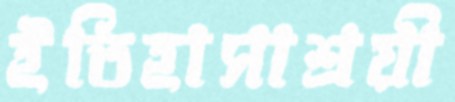
ইতিহাসাশ্রয়ী